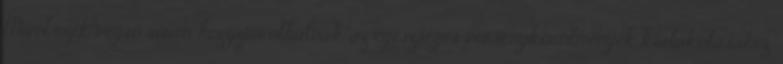
Mivel ezek végső soron hozzájárulhatnak az egészséges versenykörülmények kialakulásához,